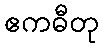
ဧကဓီတု